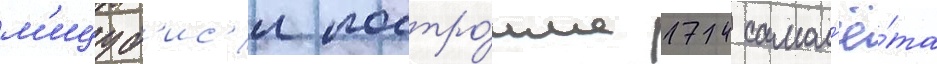
м'ицуб'ис'и постро́ила 174 самол'ё́та